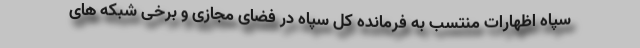
سپاه اظهارات منتسب به فرمانده کل سپاه در فضای مجازی و برخی شبکه های